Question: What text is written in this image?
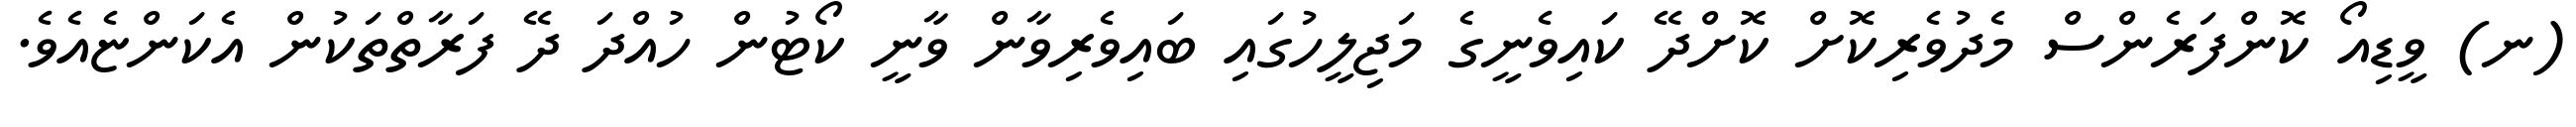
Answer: (ނ) ވީޑިއޯ ކޮންފަރެންސް މެދުވެރިކޮށް ކޮށްދޭ ކައިވެނީގެ މަޖިލީހުގައި ބައިވެރިވާން ވާނީ ކޯޓުން ހުއްދަ ދޭ ފަރާތްތަކުން އެކަންޏެއެވެ.